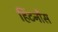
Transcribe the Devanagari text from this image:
हिंटनौस